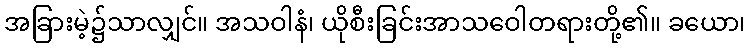
အခြားမဲ့၌သာလျှင်။ အသဝါနံ၊ ယိုစီးခြင်းအာသဝေါတရားတို့၏။ ခယော၊